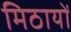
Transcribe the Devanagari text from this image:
मिठायों